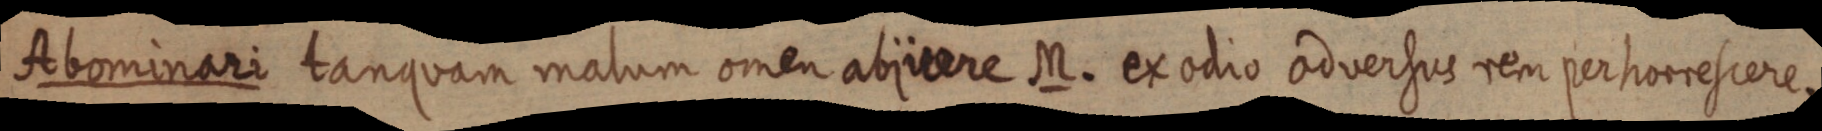
Abominari tanquam matum omen abjitere M. et odio odversus rea perhomesiere